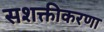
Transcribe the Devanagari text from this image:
सशक्तीकरणा